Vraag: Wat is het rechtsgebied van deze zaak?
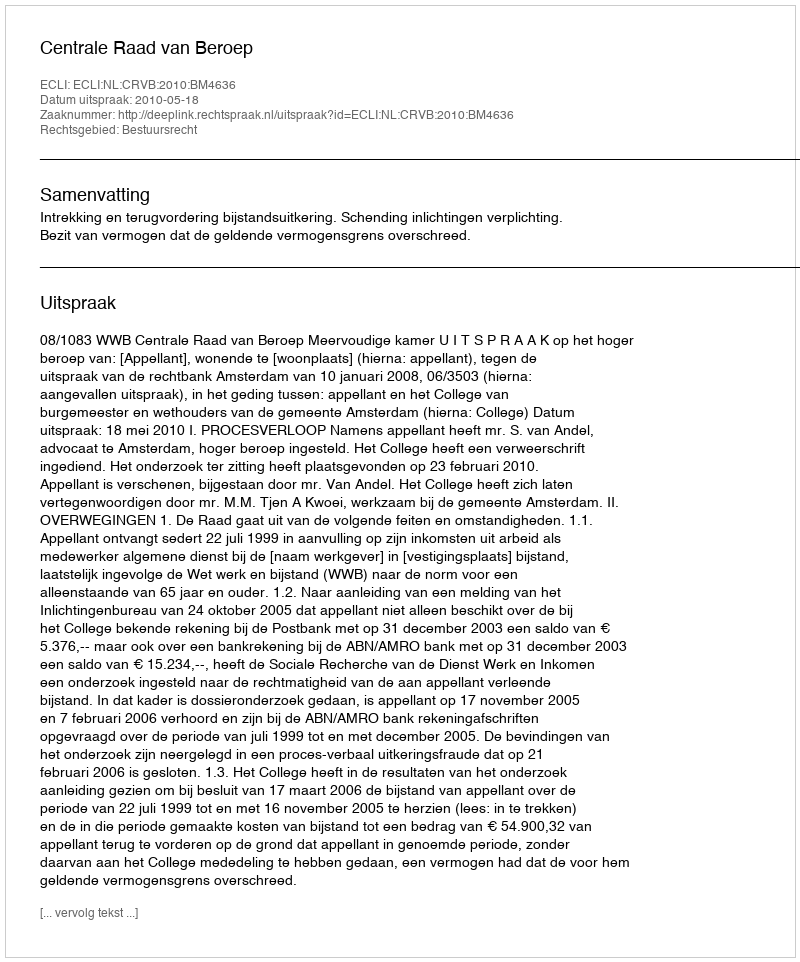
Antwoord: Bestuursrecht